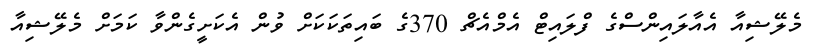
މެލޭޝިއާ އެއާލައިންސްގެ ފްލައިޓް އެމްއެޗް 370ގެ ބައިތަކަކަށް ވުން އެކަށީގެންވާ ކަމަށް މެލޭޝިއާ